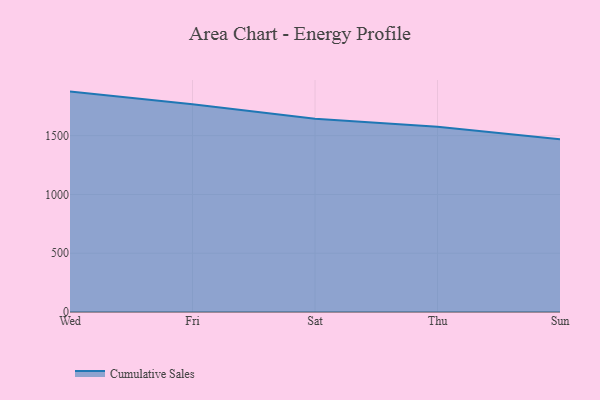
{"axis": {"x": "Day", "y": "Energy Usage (MWh)"}, "legend": ["Cumulative Sales"], "data": [{"x": "Wed", "y": 1874.8, "type": "Cumulative Sales"}, {"x": "Fri", "y": 1767.9, "type": "Cumulative Sales"}, {"x": "Sat", "y": 1644.3, "type": "Cumulative Sales"}, {"x": "Thu", "y": 1575.2, "type": "Cumulative Sales"}, {"x": "Sun", "y": 1469.7, "type": "Cumulative Sales"}]}